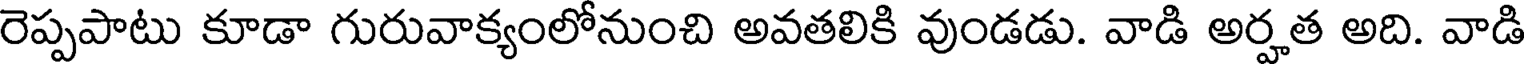
రెప్పపాటు కూడా గురువాక్యంలోనుంచి అవతలికి వుండడు. వాడి అర్హత అది. వాడి